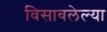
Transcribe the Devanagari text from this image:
विसावलेल्या